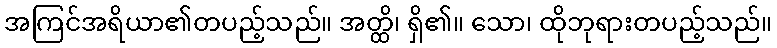
အကြင်အရိယာ၏တပည့်သည်။ အတ္ထိ၊ ရှိ၏။ သော၊ ထိုဘုရားတပည့်သည်။